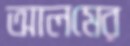
আলমের